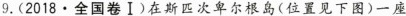
9.（2019·全国卷I）在斯匹次卑尔根岛（位置见下图）一座